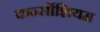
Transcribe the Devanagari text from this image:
कर्न्सोशियम